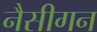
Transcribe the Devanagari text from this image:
नैसीगन